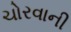
ચોરવાની